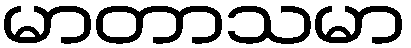
မာတာသမာ